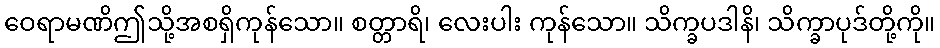
ဝေရာမဏိဤသို့အစရှိကုန်သော။ စတ္တာရိ၊ လေးပါး ကုန်သော။ သိက္ခပဒါနိ၊ သိက္ခာပုဒ်တို့ကို။